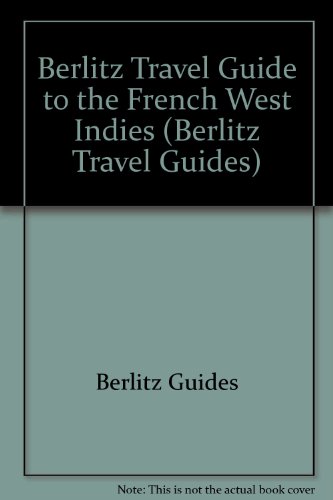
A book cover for French West Indies (Berlitz Pocket Guides); Berlitz Guides; Travel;